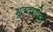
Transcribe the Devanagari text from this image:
भूतत्वविदों